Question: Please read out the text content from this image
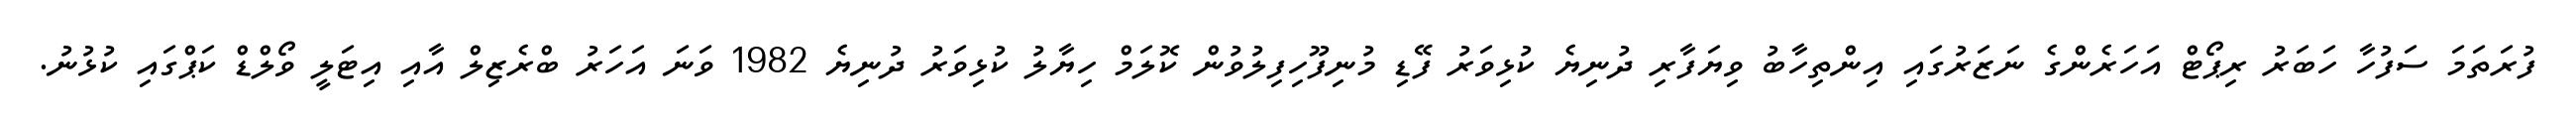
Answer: ފުރަތަމަ ސަފުހާ ހަބަރު ރިޕޯޓް އަހަރެންގެ ނަޒަރުގައި އިންތިހާބު ވިޔަފާރި ދުނިޔެ ކުޅިވަރު ފޭޑި މުނިފޫހިފިލުވުން ކޮލަމް ހިޔާލު ކުޅިވަރު ދުނިޔެ 1982 ވަނަ އަހަރު ބްރެޒިލް އާއި އިޓަލީ ވޯލްޑް ކަޕްގައި ކުޅުނު.